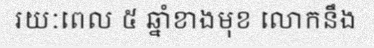
រយៈពេល ៥ ឆ្នាំខាងមុខ លោកនឹង